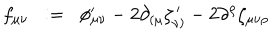
f _ { \mu \nu } \; \; : = \; \; \phi _ { \mu \nu } ^ { \prime } - 2 \partial _ { ( \mu } \zeta _ { \nu ) } ^ { \, \prime } - 2 \partial ^ { \rho } \zeta _ { \mu \nu \rho }